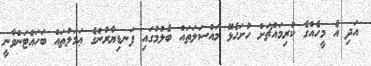
އަދި އެ މީހެއްގެ ކުރިމައްޗަށް ހުށަހެޅޭ މައްސަލަތައް ބެލުމުގައި ފަނޑިޔާރުންގެ ޢަމަލުތައް ބަހައްޓަންވާނީ